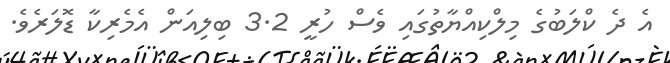
އެ ދެ ކްލަބުގެ މިލްކިއްޔާތުގައި ވެސް ހުރީ 3.2 ބިލިއަން އެމެރިކާ ޑޮލަރެވެ.